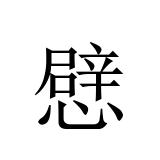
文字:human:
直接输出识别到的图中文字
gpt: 憵